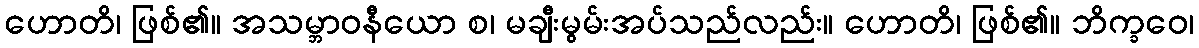
ဟောတိ၊ ဖြစ်၏။ အသမ္ဘာဝနီယော စ၊ မချီးမွမ်းအပ်သည်လည်း။ ဟောတိ၊ ဖြစ်၏။ ဘိက္ခဝေ၊